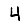
Digit: 4